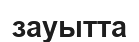
зауытта